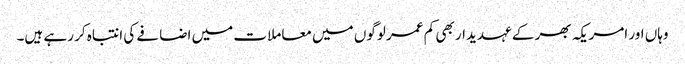
وہاں اور امریکہ بھر کے عہدیدار بھی کم عمر لوگوں میں معاملات میں اضافے کی انتباہ کر رہے ہیں۔